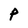
Character: P